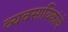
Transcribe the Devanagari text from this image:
व्यवसायिकांचे